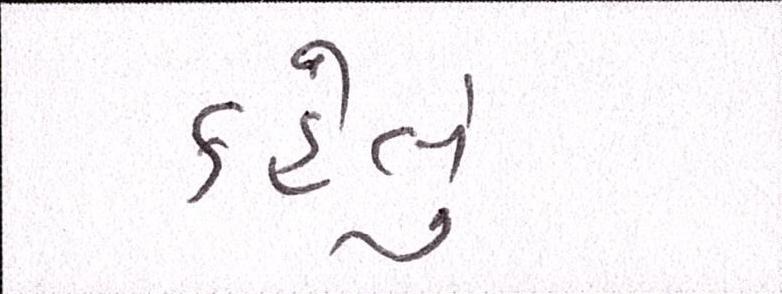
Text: કહેલું